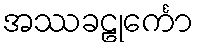
အဿခဠုင်္ကော